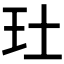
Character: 𤣰